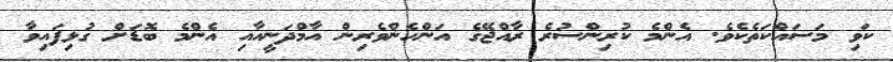
ކަވި މަސައްކަތެކެވެ. އެންމެ ކުރިންސުރެ ރާއްޖޭގެ އަންހެންވެރިން އާމްދަނީއާއި އެންމެ ބޮޑަށް ގުޅިފައިވާ